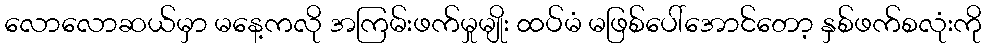
လောလောဆယ်မှာ မနေ့ကလို အကြမ်းဖက်မှုမျိုး ထပ်မံ မဖြစ်ပေါ်အောင်တော့ နှစ်ဖက်စလုံးကို